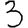
Digit: 3